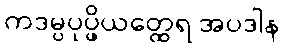
ကဒမ္ပပုပ္ဖိယတ္ထေရ အပဒါန